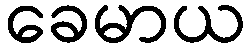
ခေမာယ